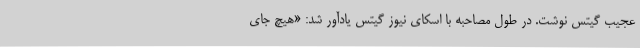
عجیب گیتس نوشت. در طول مصاحبه با اسکای نیوز گیتس یادآور شد: «هیچ جای